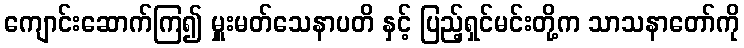
ကျောင်းဆောက်ကြ၍ မှူးမတ်သေနာပတိ နှင့် ပြည့်ရှင်မင်းတို့က သာသနာတော်ကို